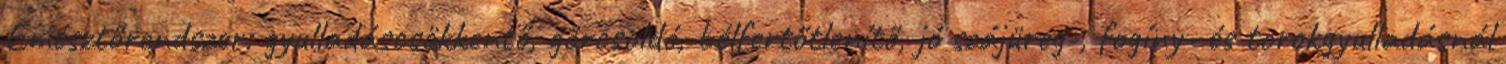
Emésztőrendszer: gyulladáscsökkentő, görcsoldó, bélfertőtlenítő, jó szájüreg-, fogíny- és torokgyulladásnál